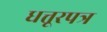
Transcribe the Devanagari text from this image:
धत्तूरपत्र